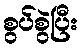
စွပ်စွဲပြီး